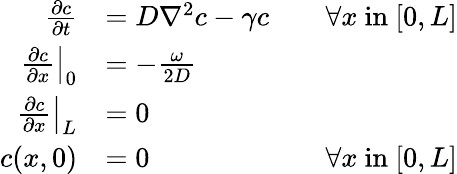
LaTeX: \begin{array}{rlr}{\frac{\partial c}{\partial t}}&{=D\nabla^{2}c-\gamma c}&{\quad\forall x\mathrm{~in~}[0,L]}\\ {\left.\frac{\partial c}{\partial x}\right|_{0}}&{=-\frac{\omega}{2D}}\\ {\left.\frac{\partial c}{\partial x}\right|_{L}}&{=0}\\ {c(x,0)}&{=0}&{\forall x\mathrm{~in~}[0,L]}\end{array}